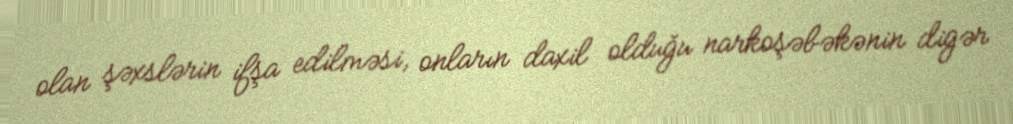
olan şəxslərin ifşa edilməsi, onların daxil olduğu narkoşəbəkənin digər